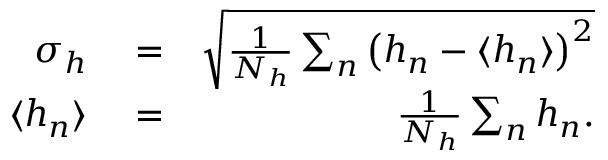
\begin{array} { r l r } { \sigma _ { h } } & { { } = } & { \sqrt { \frac { 1 } { N _ { h } } \sum _ { n } \left( h _ { n } - \langle h _ { n } \rangle \right) ^ { 2 } } } \\ { \langle h _ { n } \rangle } & { { } = } & { \frac { 1 } { N _ { h } } \sum _ { n } h _ { n } . } \end{array}